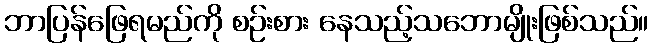
ဘာပြန်ဖြေရမည်ကို စဉ်းစား နေသည့်သဘောမျိုးဖြစ်သည်။